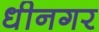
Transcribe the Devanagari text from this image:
धीनगर